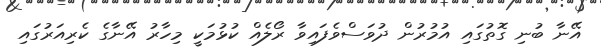
އޭނާ ބުނި ގޮތުގައި އުމުރުން ދުވަސްވެފައިވާ ރޯލެއް ކުޅުމަކީ މިހާރު އޭނާގެ ކެރިއަރުގައި